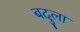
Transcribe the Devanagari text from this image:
बदुला